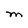
Character: M